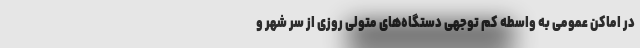
در اماکن عمومی به واسطه کم توجهی دستگاه‌های متولی روزی از سر شهر و